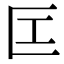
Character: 匞